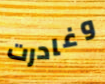
وغادرت